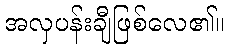
အလှပန်းချီဖြစ်လေ၏။